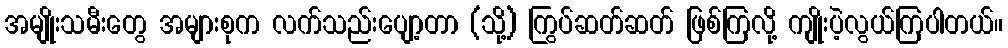
အမျိုးသမီးတွေ အများစုက လက်သည်းပျော့တာ (သို့) ကြွပ်ဆတ်ဆတ် ဖြစ်ကြလို့ ကျိုးပဲ့လွယ်ကြပါတယ်။